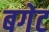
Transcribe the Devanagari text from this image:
बगेट